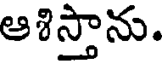
ఆశిస్తాను.